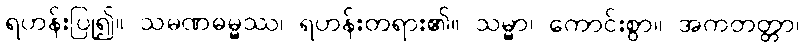
ရဟန်းပြု၍။ သမဏဓမ္မဿ၊ ရဟန်းတရား၏။ သမ္မာ၊ ကောင်းစွာ။ အကတတ္တာ၊